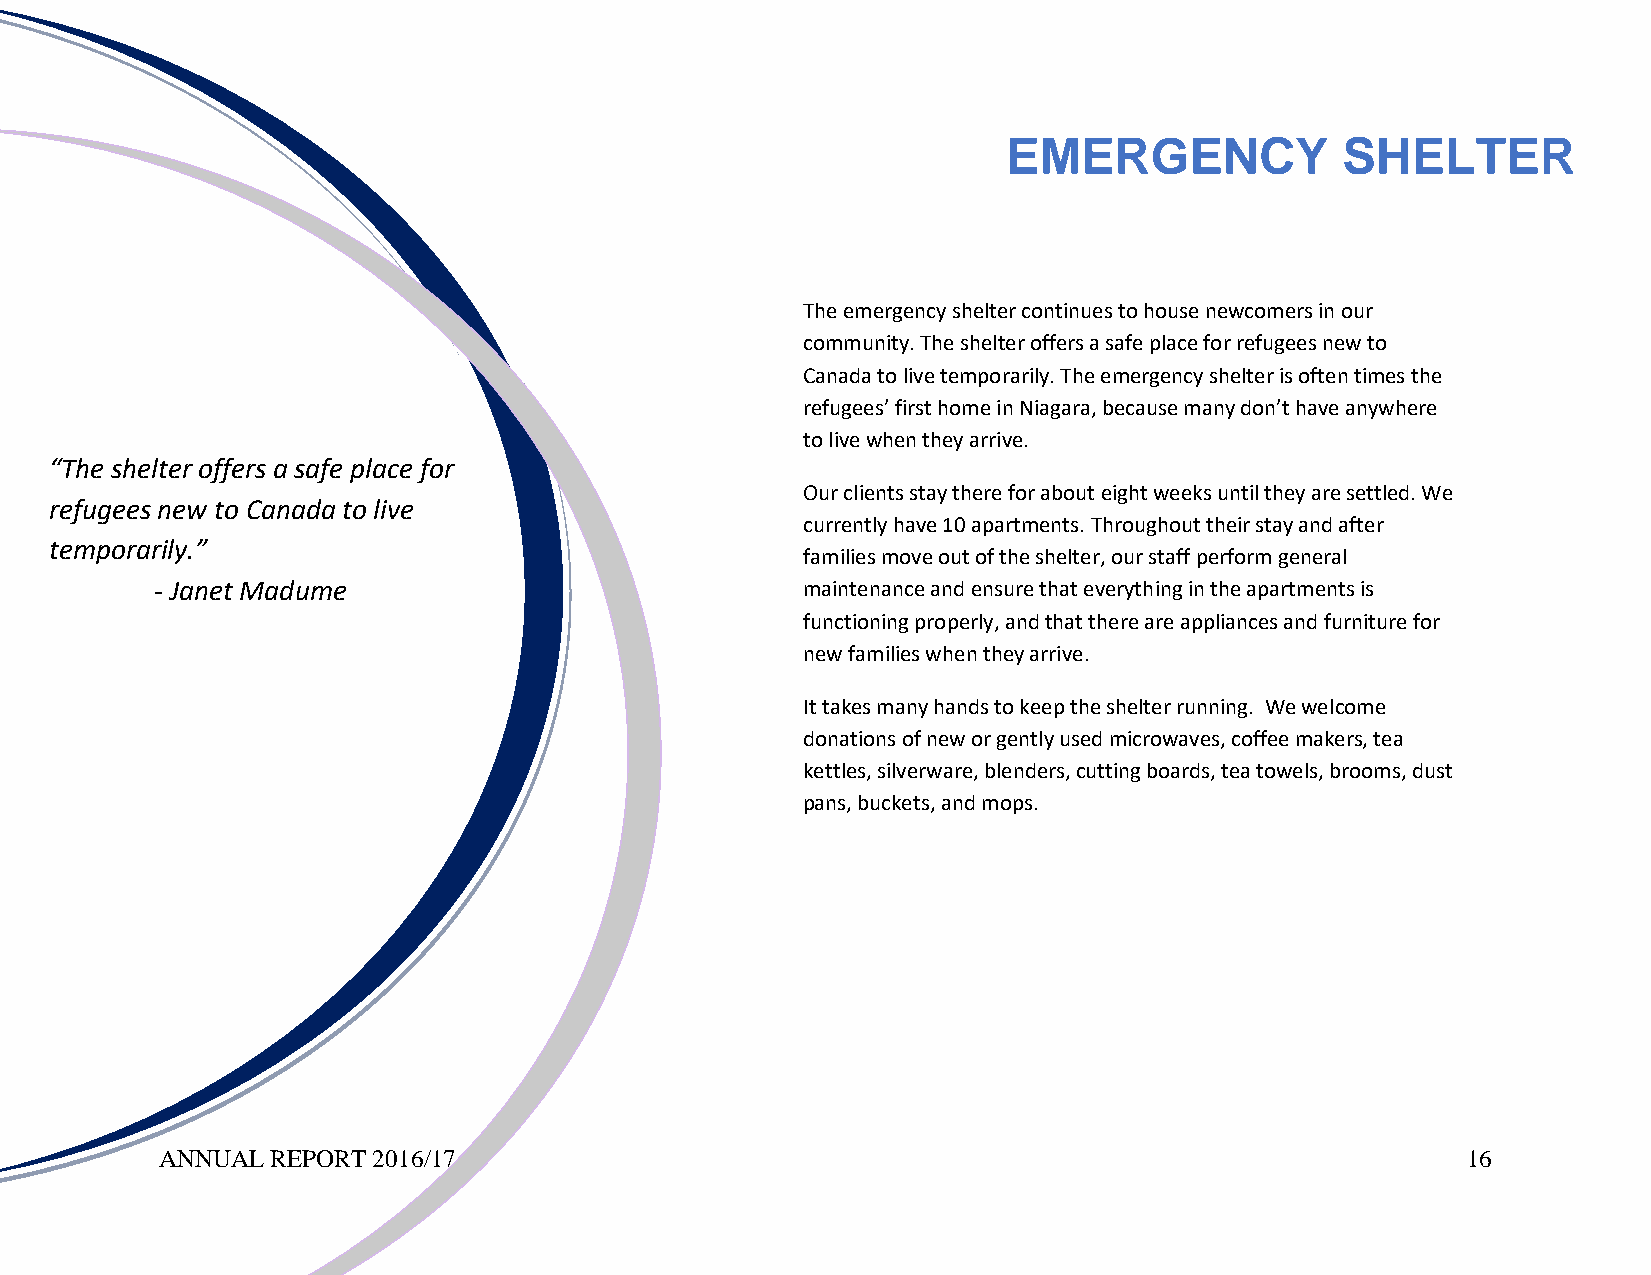
EMERGENCY             SHELTER
 The emergency shelter continues to house newcomers in our
 community. The shelter offers a safe place for refugees new to
 Canada to live temporarily. The emergency shelter is often times the
 refugees’ first home in Niagara, because many don’t have anywhere
 to live when they arrive.
 “The shelter offers a safe place for
 Our clients stay there for about eight weeks until they are settled. We
 refugees new to Canada to live
 currently have 10 apartments. Throughout their stay and after
 temporarily.”
 families move out of the shelter, our staff perform general
 - Janet Madume                             maintenance and ensure that everything in the apartments is
 functioning properly, and that there are appliances and furniture for
 new families when they arrive.
 It takes many hands to keep the shelter running. We welcome
 donations of new or gently used microwaves, coffee makers, tea
 kettles, silverware, blenders, cutting boards, tea towels, brooms, dust
 pans, buckets, and mops.
 ANNUAL REPORT 2016/17                                                                 16